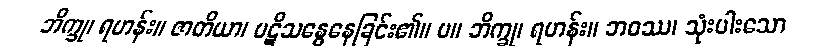
ဘိက္ခု၊ ရဟန်း။ ဇာတိယာ၊ ပဋိသန္ဓေနေခြင်း၏။ ပ။ ဘိက္ခု၊ ရဟန်း။ ဘဝဿ၊ သုံးပါးသော